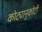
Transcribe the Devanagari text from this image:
कोट्यानुकोटी